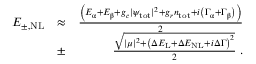
\begin{array} { r l r } { E _ { \pm , \mathrm { N L } } } & { \approx } & { \frac { \left( E _ { \upalpha } + E _ { \upbeta } + g _ { c } | \psi _ { \mathrm { t o t } } | ^ { 2 } + g _ { r } n _ { \mathrm { t o t } } + i \left( \Gamma _ { \upalpha } + \Gamma _ { \upbeta } \right) \right) } { 2 } } \\ & { \pm } & { \frac { \sqrt { | \mu | ^ { 2 } + \left( \Delta E _ { \mathrm { L } } + \Delta E _ { \mathrm { N L } } + i \Delta \Gamma \right) ^ { 2 } } } { 2 } \; . } \end{array}